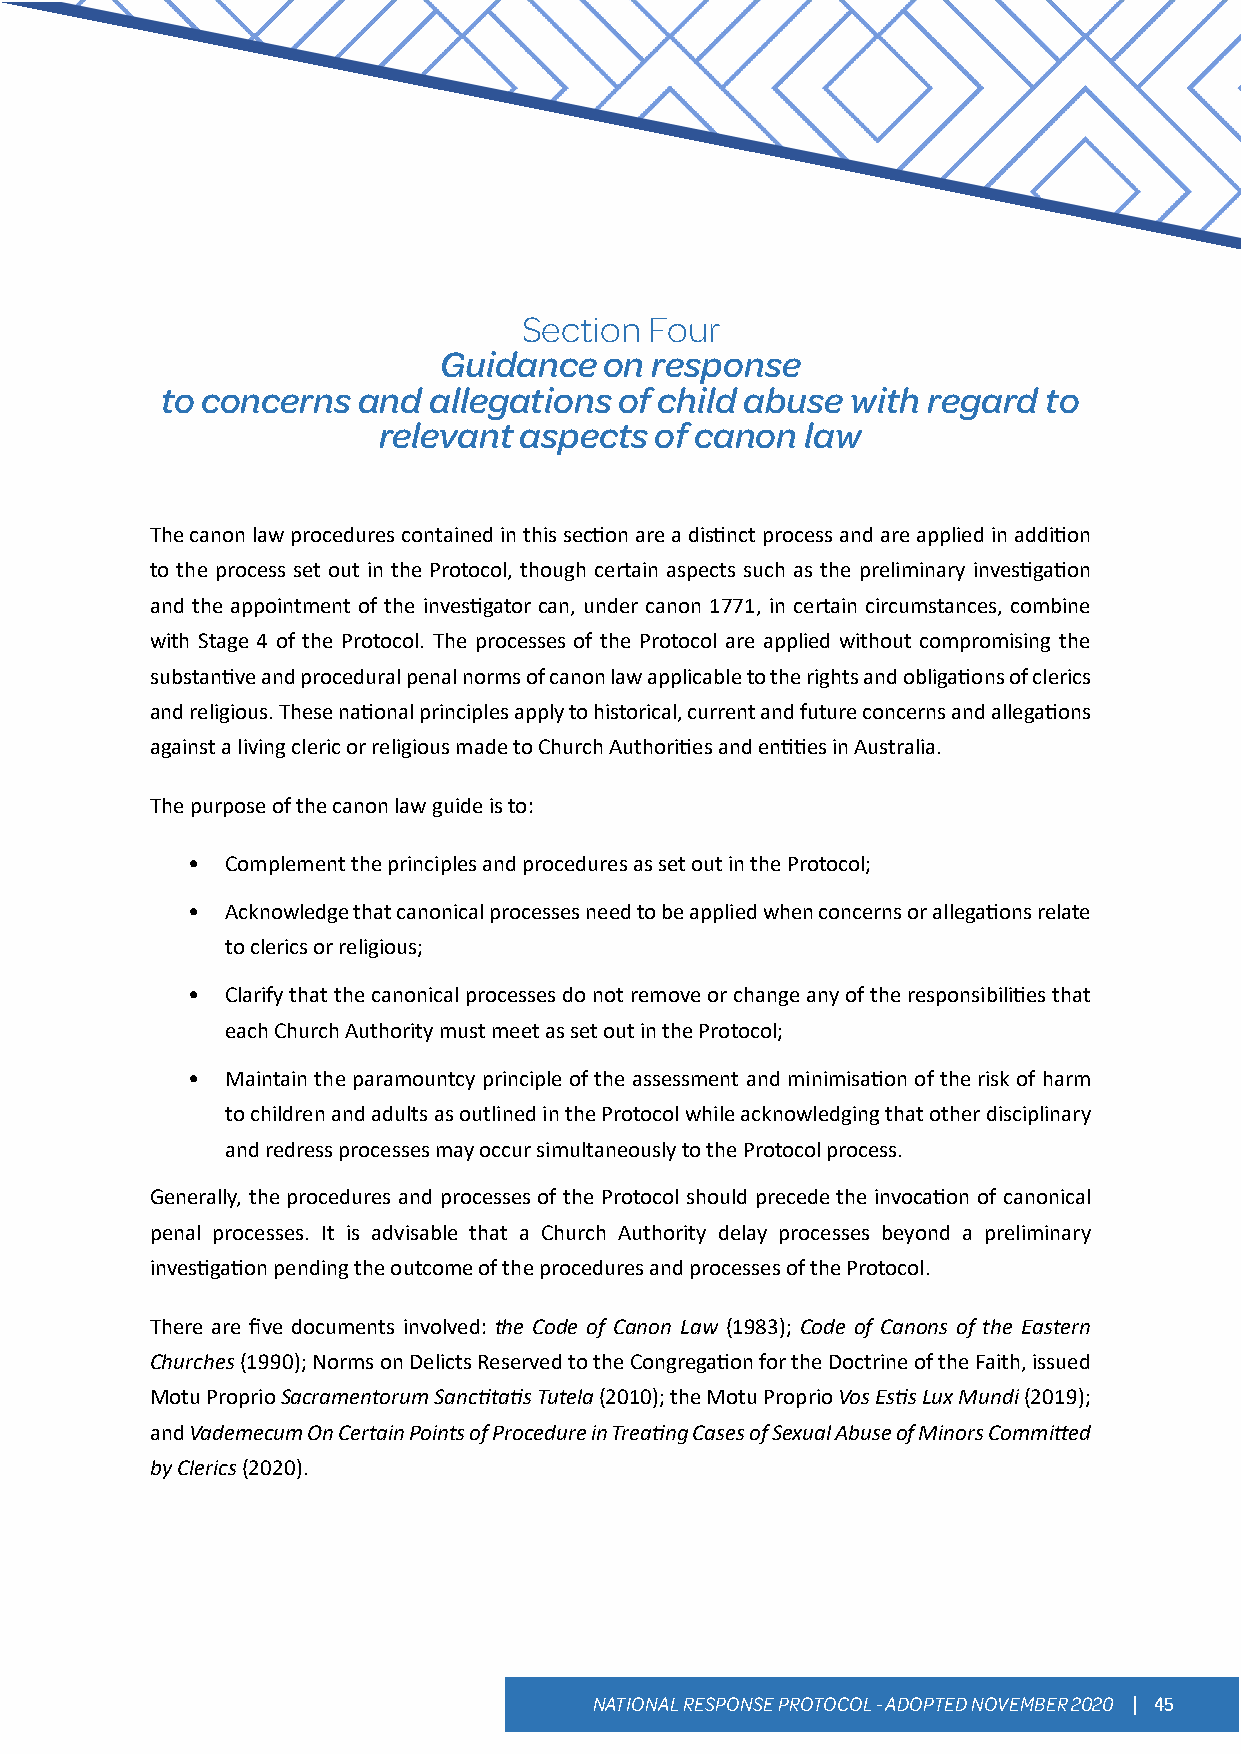
Section Four
 Guidance   on response
 to concerns  and allegations  of child abuse with regard  to
 relevant aspects  of canon  law
 The canon law procedures contained in this section are a distinct process and are applied in addition
 to the process set out in the Protocol, though certain aspects such as the preliminary investigation
 and the appointment of the investigator can, under canon 1771, in certain circumstances, combine
 with Stage 4 of the Protocol. The processes of the Protocol are applied without compromising the
 substantive and procedural penal norms of canon law applicable to the rights and obligations of clerics
 and religious. These national principles apply to historical, current and future concerns and allegations
 against a living cleric or religious made to Church Authorities and entities in Australia.
 The purpose of the canon law guide is to:
 •  Complement the principles and procedures as set out in the Protocol;
 •  Acknowledge that canonical processes need to be applied when concerns or allegations relate
 to clerics or religious;
 •  Clarify that the canonical processes do not remove or change any of the responsibilities that
 each Church Authority must meet as set out in the Protocol;
 •  Maintain the paramountcy principle of the assessment and minimisation of the risk of harm
 to children and adults as outlined in the Protocol while acknowledging that other disciplinary
 and redress processes may occur simultaneously to the Protocol process.
 Generally, the procedures and processes of the Protocol should precede the invocation of canonical
 penal processes. It is advisable that a Church Authority delay processes beyond a preliminary
 investigation pending the outcome of the procedures and processes of the Protocol.
 There are five documents involved: the Code of Canon Law (1983); Code of Canons of the Eastern
 Churches (1990); Norms on Delicts Reserved to the Congregation for the Doctrine of the Faith, issued
 Motu Proprio Sacramentorum Sanctitatis Tutela (2010); the Motu Proprio Vos Estis Lux Mundi (2019);
 and Vademecum On Certain Points of Procedure in Treating Cases of Sexual Abuse of Minors Committed
 by Clerics (2020).
 NATIONAL RESPONSE PROTOCOL - ADOPTED NOVEMBER 2020 | 45